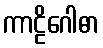
ကာဠိဂေါဓာ